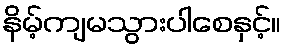
နိမ့်ကျမသွားပါစေနှင့်။